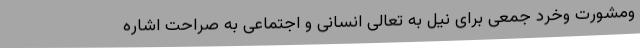
ومشورت وخرد جمعی برای نیل به تعالی انسانی و اجتماعی به صراحت اشاره